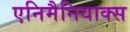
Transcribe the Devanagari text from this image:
एनिमैनियाक्स